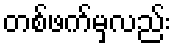
တစ်ဖက်မှလည်း